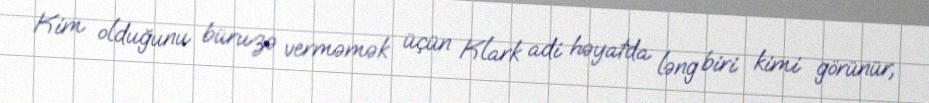
Kim olduğunu büruzə verməmək üçün Klark adi həyatda ləng biri kimi görünür,